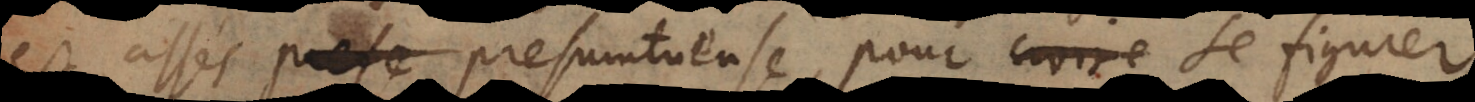
est assés presumtueuse, pour croire se figurer